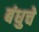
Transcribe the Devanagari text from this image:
बंधुचे